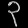
Digit: ၃